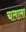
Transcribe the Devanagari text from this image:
चलाला